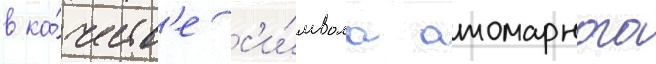
в ка́честв'е с'и́мвола атомарного